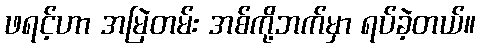
ဖရင့်ဟာ အမြဲတမ်း အစ်ကို့ဘက်မှာ ရပ်ခဲ့တယ်။